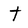
Character: t